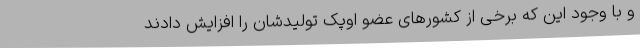
و با وجود این که برخی از کشورهای عضو اوپک تولیدشان را افزایش دادند